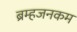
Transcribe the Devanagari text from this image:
ब्रम्हजनकम